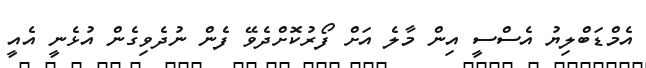
އެމްޑަބްލިޔު އެސްސީ އިން މާލެ އަށް ފޯރުކޮށްދެވޭ ފެން ނުދެވިގެން އުޅެނީ އެެއީ